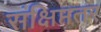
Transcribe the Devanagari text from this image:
संक्षिप्ततर